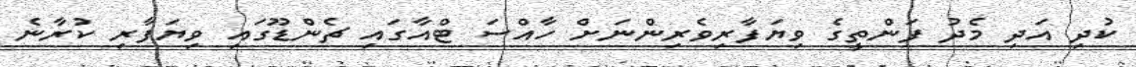
ކުދި އަދި މެދު ފަންތީގެ ވިޔަފާރިވެރިންނަށް ހާއްސަ ޓްއާގައި ޗެންޑޫގައި ވިޔަފާރި ކުރާނެ